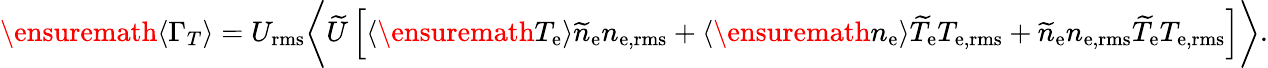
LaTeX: \ensuremath{\langle\Gamma_{T}\rangle}=U_{\mathrm{rms}}\biggl\langle\widetilde{U}\left[\langle{\ensuremath{T_{\mathrm{e}}}}\rangle\widetilde{n}_{\mathrm{e}}n_{\mathrm{e,rms}}+\langle{\ensuremath{n_{\mathrm{e}}}}\rangle\widetilde{T}_{\mathrm{e}}T_{\mathrm{e,rms}}+\widetilde{n}_{\mathrm{e}}n_{\mathrm{e,rms}}\widetilde{T}_{\mathrm{e}}T_{\mathrm{e,rms}}\right]\biggr\rangle.